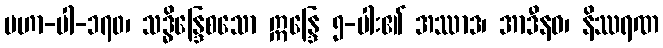
မဟာ-ပါ-၁၇၀၊ သဒ္ဓိန္ဒြေစသော ဣန္ဒြေ ၅-ပါး၏ အဿာဒ၊ အာဒီနဝ၊ နိဿရဏ